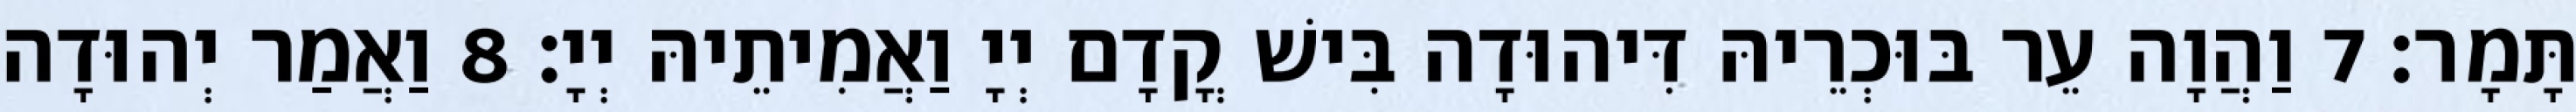
תָּמָר׃ 7 וַהֲוָה עֵר בּוּכְרֵיהּ דִּיהוּדָה בִּישׁ קֳדָם יְיָ וַאֲמִיתֵיהּ יְיָ׃ 8 וַאֲמַר יְהוּדָה